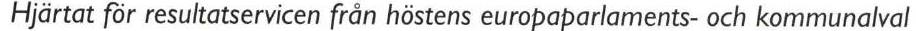
Hjärtat för resultatservicen från höstens europaparlaments- och kommunalval